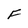
Character: F